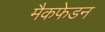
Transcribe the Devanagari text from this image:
मैकफेडन